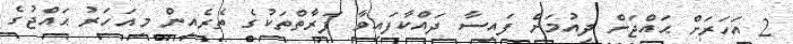
2 އަހަރަށް ޙައްޖަށް ދިއުމަށް ފައިސާ ދައްކާފައިވާ ފަރާތްތަކުގެ ތެރެއިން މިއަހަރު ޙައްޖުގެ